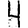
Digit: 4